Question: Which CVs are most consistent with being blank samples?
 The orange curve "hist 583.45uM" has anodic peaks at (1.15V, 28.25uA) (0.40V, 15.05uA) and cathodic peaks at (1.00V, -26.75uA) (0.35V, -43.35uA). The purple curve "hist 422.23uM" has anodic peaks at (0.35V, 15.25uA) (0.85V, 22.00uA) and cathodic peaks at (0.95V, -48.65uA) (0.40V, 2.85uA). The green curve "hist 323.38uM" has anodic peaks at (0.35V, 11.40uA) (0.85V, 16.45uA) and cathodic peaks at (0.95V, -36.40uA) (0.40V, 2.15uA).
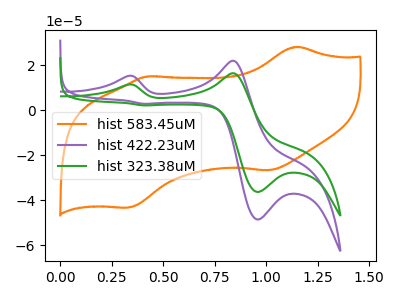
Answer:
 <answer>There are not any CV's on this graph that are likely to be blanks.</answer>
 <eval>none</eval>